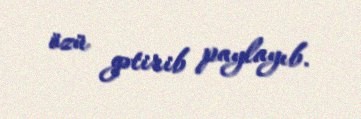
özü gətirib paylayıb.